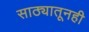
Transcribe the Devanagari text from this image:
साठ्यातूनही